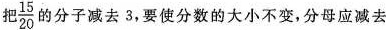
把 \frac{15}{20}的分子减去3，要使分数的大小不变，分母应减去